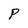
Character: P